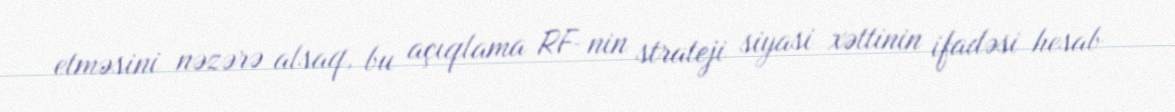
etməsini nəzərə alsaq, bu açıqlama RF-nin strateji siyasi xəttinin ifadəsi hesab